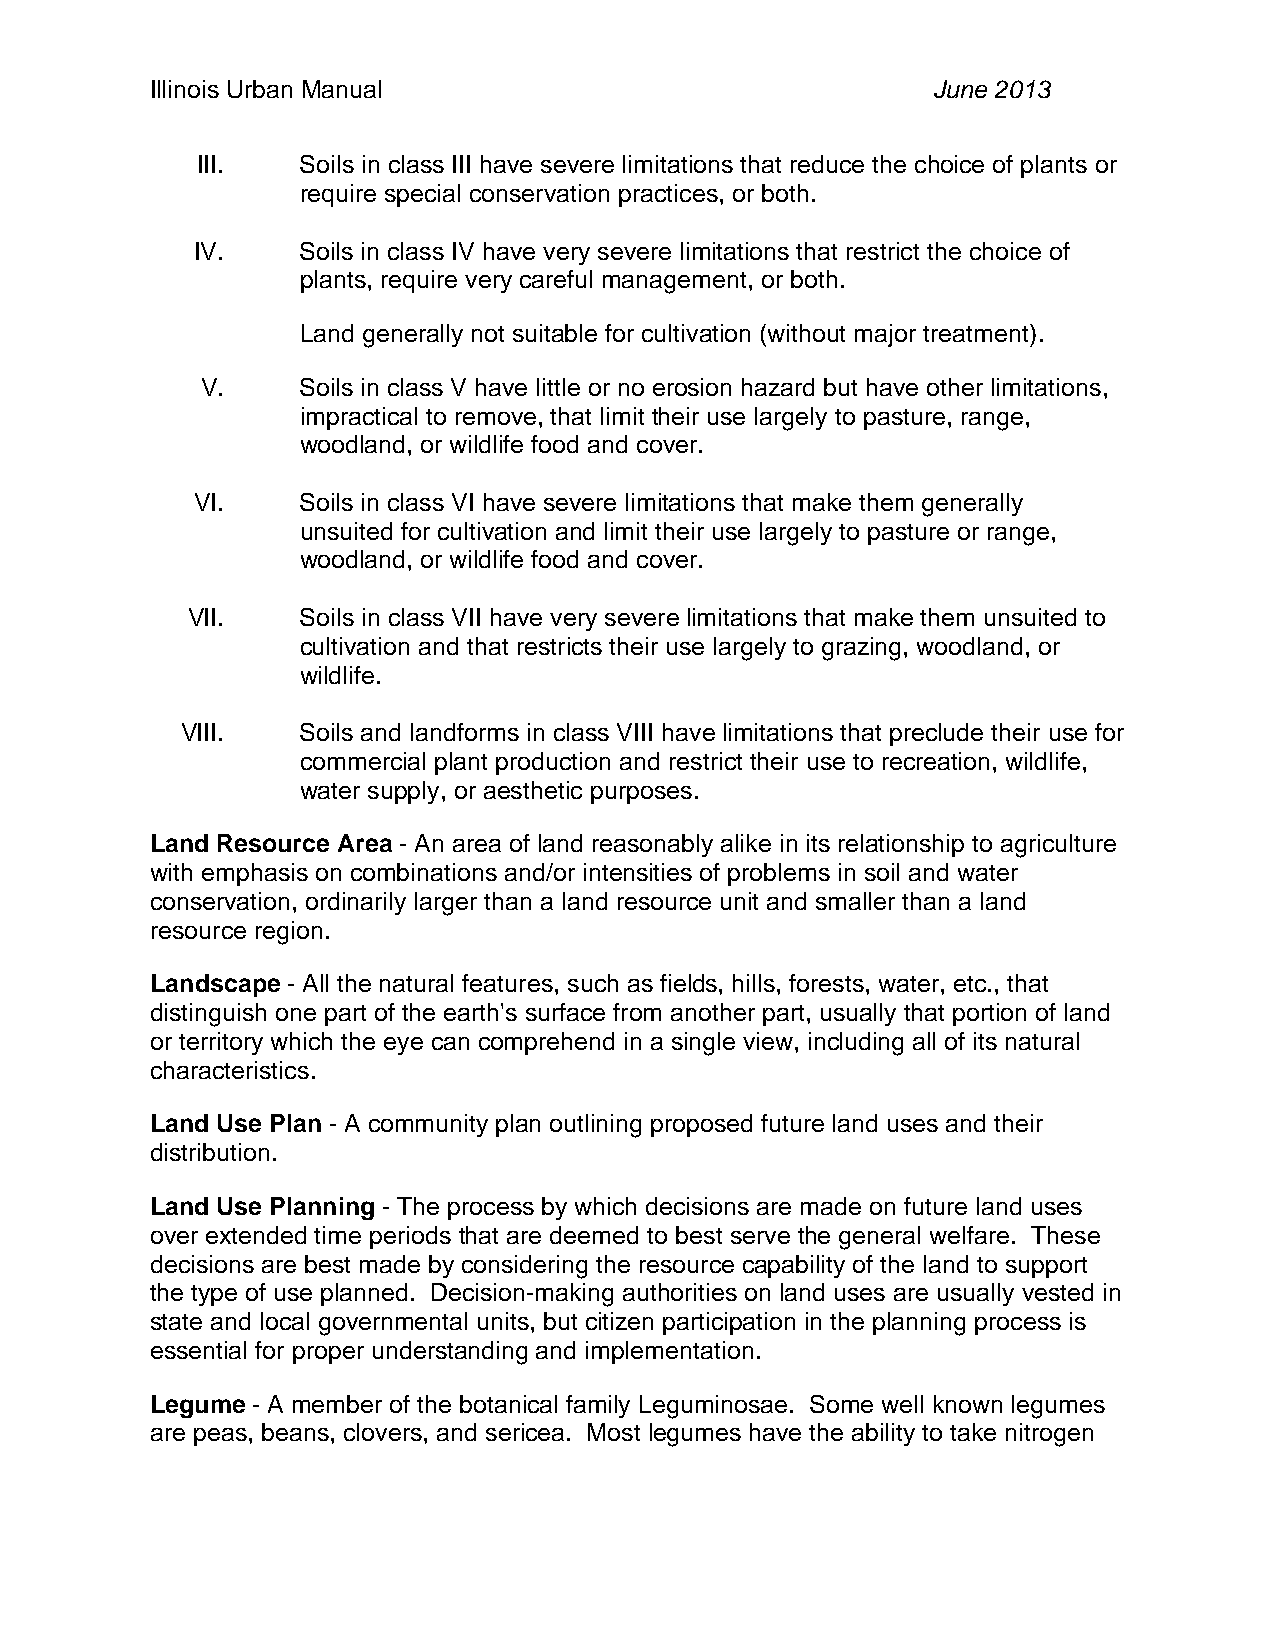
Illinois Urban Manual                               June 2013
 III.   Soils in class III have severe limitations that reduce the choice of plants or
 require special conservation practices, or both.
 IV.    Soils in class IV have very severe limitations that restrict the choice of
 plants, require very careful management, or both.
 Land generally not suitable for cultivation (without major treatment).
 V.     Soils in class V have little or no erosion hazard but have other limitations,
 impractical to remove, that limit their use largely to pasture, range,
 woodland, or wildlife food and cover.
 VI.    Soils in class VI have severe limitations that make them generally
 unsuited for cultivation and limit their use largely to pasture or range,
 woodland, or wildlife food and cover.
 VII.    Soils in class VII have very severe limitations that make them unsuited to
 cultivation and that restricts their use largely to grazing, woodland, or
 wildlife.
 VIII.   Soils and landforms in class VIII have limitations that preclude their use for
 commercial plant production and restrict their use to recreation, wildlife,
 water supply, or aesthetic purposes.
 Land Resource Area - An area of land reasonably alike in its relationship to agriculture
 with emphasis on combinations and/or intensities of problems in soil and water
 conservation, ordinarily larger than a land resource unit and smaller than a land
 resource region.
 Landscape - All the natural features, such as fields, hills, forests, water, etc., that
 distinguish one part of the earth's surface from another part, usually that portion of land
 or territory which the eye can comprehend in a single view, including all of its natural
 characteristics.
 Land Use Plan - A community plan outlining proposed future land uses and their
 distribution.
 Land Use Planning - The process by which decisions are made on future land uses
 over extended time periods that are deemed to best serve the general welfare. These
 decisions are best made by considering the resource capability of the land to support
 the type of use planned. Decision-making authorities on land uses are usually vested in
 state and local governmental units, but citizen participation in the planning process is
 essential for proper understanding and implementation.
 Legume - A member of the botanical family Leguminosae. Some well known legumes
 are peas, beans, clovers, and sericea. Most legumes have the ability to take nitrogen